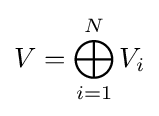
V=\bigoplus _{i=1}^{N}V_{i}